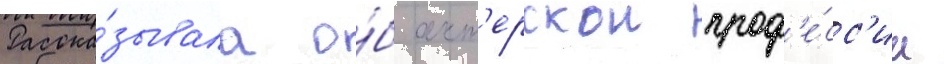
Расска́зывала о́б акт'ерскои проф'е́сс'ии